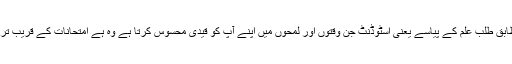
محمد عمران میرے اندازے اور احساسات کے مطابق طلب علم کے پیاسے یعنی اسٹوڈنٹ جن وقتوں اور لمحوں میں اپنے آپ کو قیدی محسوس کرتا ہے وہ ہے امتحانات کے قریب تر ہونے اور پیپرز کے شروع ہونے کے دورانیے۔